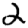
Digit: 2